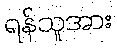
ရန်သူအား